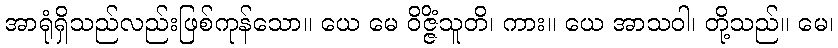
အာရုံရှိသည်လည်းဖြစ်ကုန်သော။ ယေ မေ ဝိဇ္ဇိံသူတိ၊ ကား။ ယေ အာသဝါ၊ တို့သည်။ မေ၊